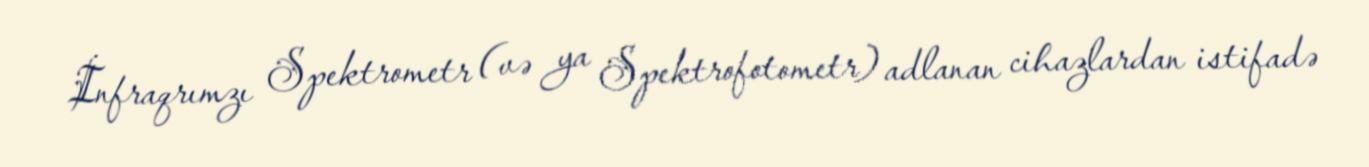
İnfraqrımzı Spektrometr (və ya Spektrofotometr) adlanan cihazlardan istifadə